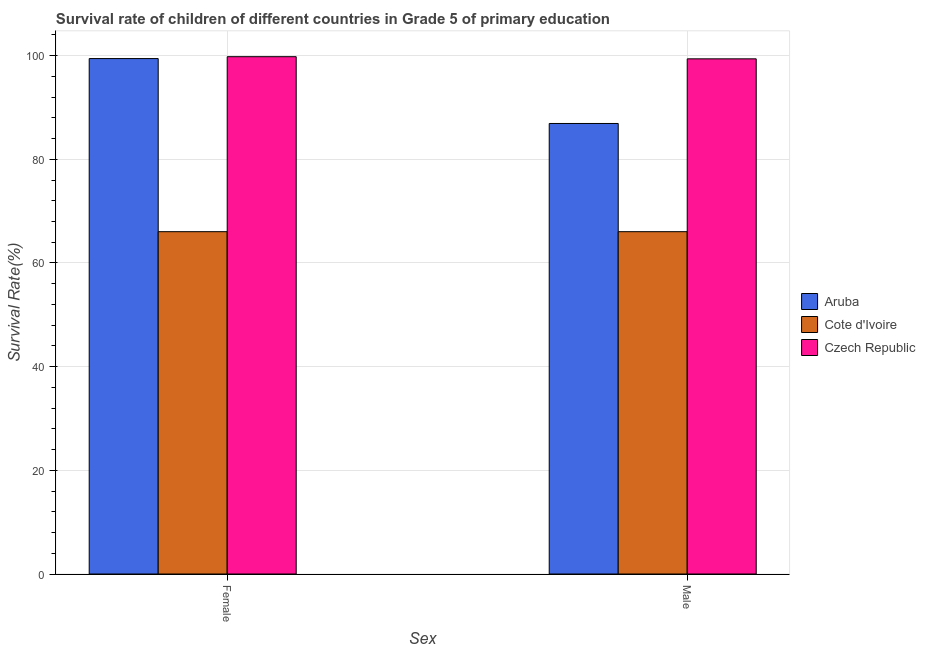
| Sex | Aruba | Cote d'Ivoire | Czech Republic |
 | --- | --- | --- | --- |
 | Female | 99.4 | 66 | 99.8 |
 | Male | 86.9 | 66 | 99.4 |